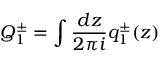
Q _ { 1 } ^ { \pm } = \int { \frac { d z } { 2 \pi i } } q _ { 1 } ^ { \pm } ( z )